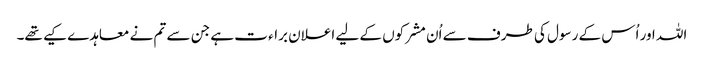
اللہ اور اُس کے رسول کی طرف سے اُن مشرکوں کے لیے اعلان براء ت ہے جن سے تم نے معاہدے کیے تھے۔